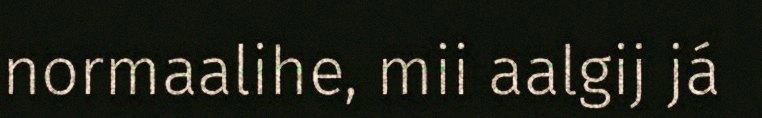
normaalihe, mii aalgij já